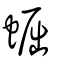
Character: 𧌑